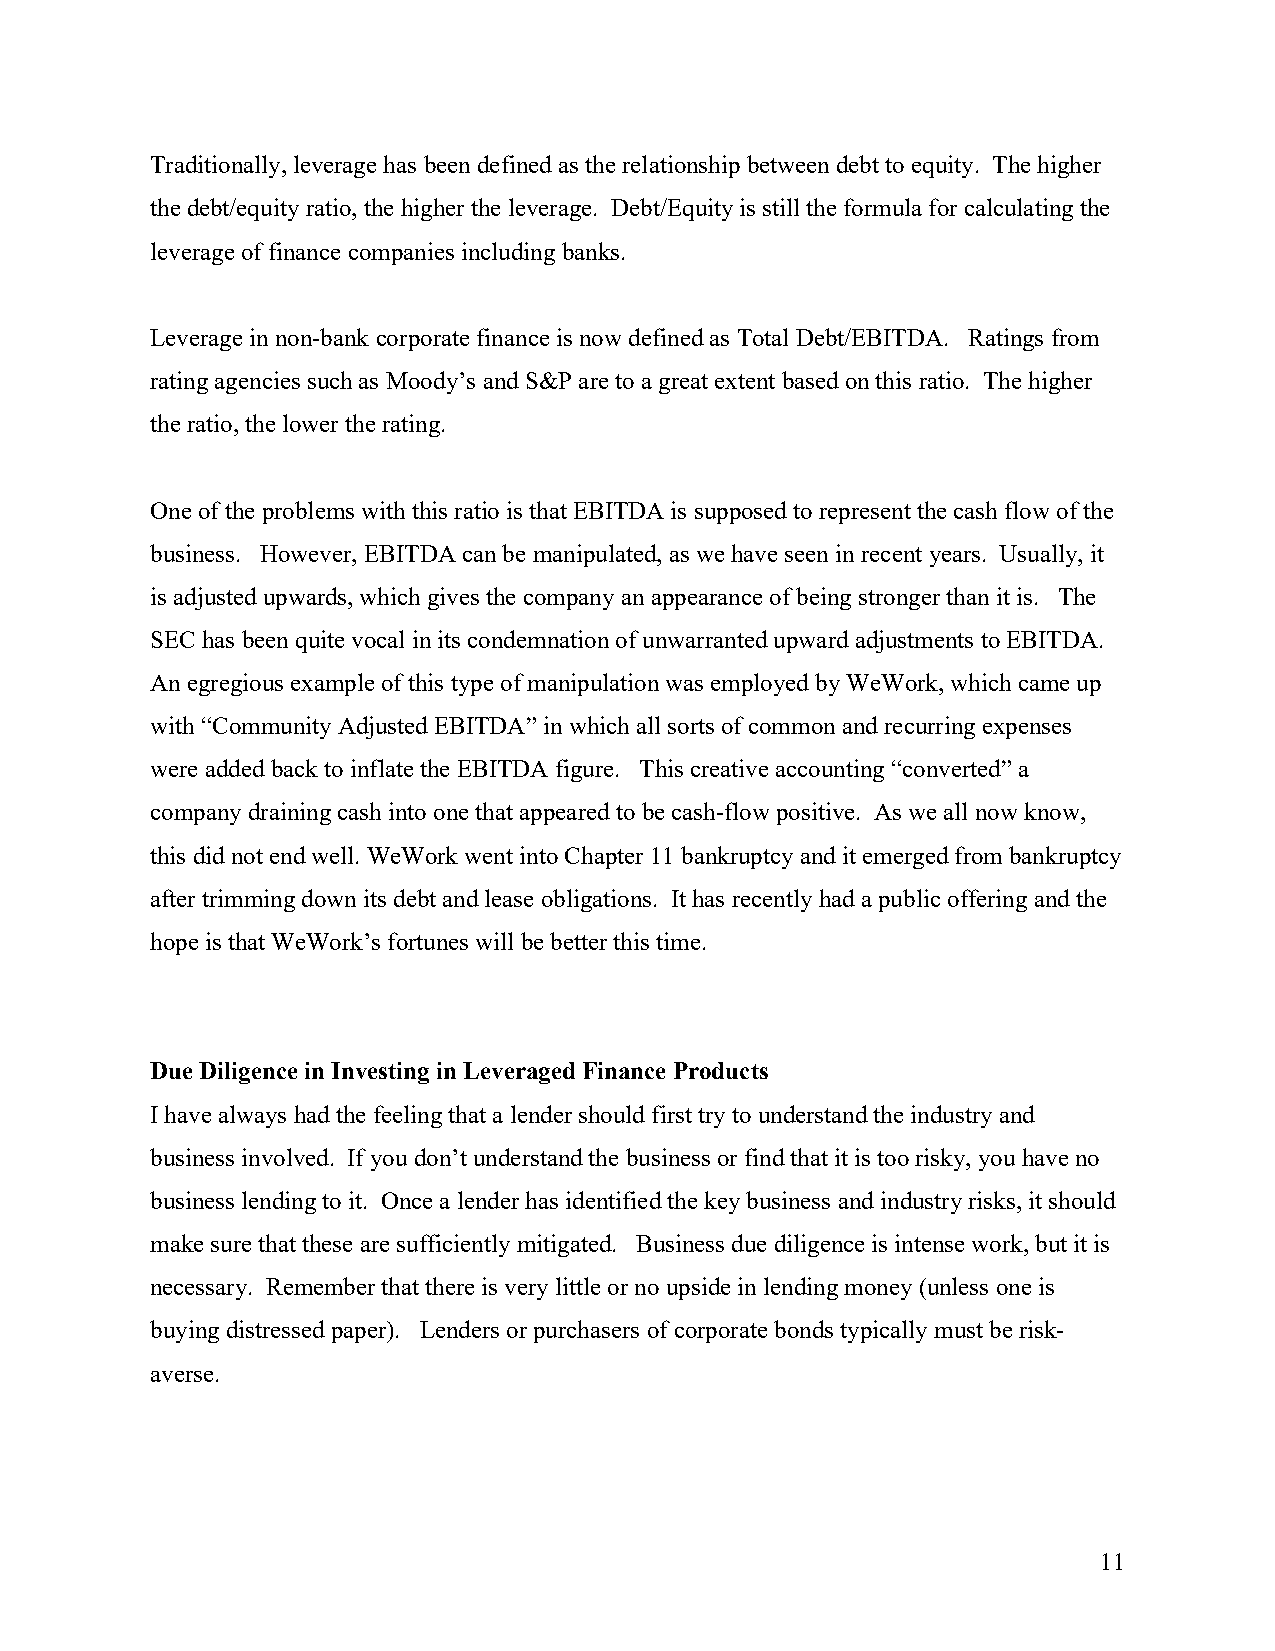
Traditionally, leverage has been defined as the relationship between debt to equity. The higher
 the debt/equity ratio, the higher the leverage. Debt/Equity is still the formula for calculating the
 leverage of finance companies including banks.
 Leverage in non-bank corporate finance is now defined as Total Debt/EBITDA. Ratings from
 rating agencies such as Moody’s and S&P are to a great extent based on this ratio. The higher
 the ratio, the lower the rating.
 One of the problems with this ratio is that EBITDA is supposed to represent the cash flow of the
 business. However, EBITDA can be manipulated, as we have seen in recent years. Usually, it
 is adjusted upwards, which gives the company an appearance of being stronger than it is. The
 SEC has been quite vocal in its condemnation of unwarranted upward adjustments to EBITDA.
 An egregious example of this type of manipulation was employed by WeWork, which came up
 with “Community Adjusted EBITDA” in which all sorts of common and recurring expenses
 were added back to inflate the EBITDA figure. This creative accounting “converted” a
 company draining cash into one that appeared to be cash-flow positive. As we all now know,
 this did not end well. WeWork went into Chapter 11 bankruptcy and it emerged from bankruptcy
 after trimming down its debt and lease obligations. It has recently had a public offering and the
 hope is that WeWork’s fortunes will be better this time.
 Due Diligence in Investing in Leveraged Finance Products
 I have always had the feeling that a lender should first try to understand the industry and
 business involved. If you don’t understand the business or find that it is too risky, you have no
 business lending to it. Once a lender has identified the key business and industry risks, it should
 make sure that these are sufficiently mitigated. Business due diligence is intense work, but it is
 necessary. Remember that there is very little or no upside in lending money (unless one is
 buying distressed paper). Lenders or purchasers of corporate bonds typically must be risk-
 averse.
 11